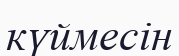
күймесін